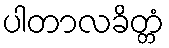
ပါတာလခိတ္တံ